Annual administration report of the Bombay Presidency - 1887-1892
Year: 1887
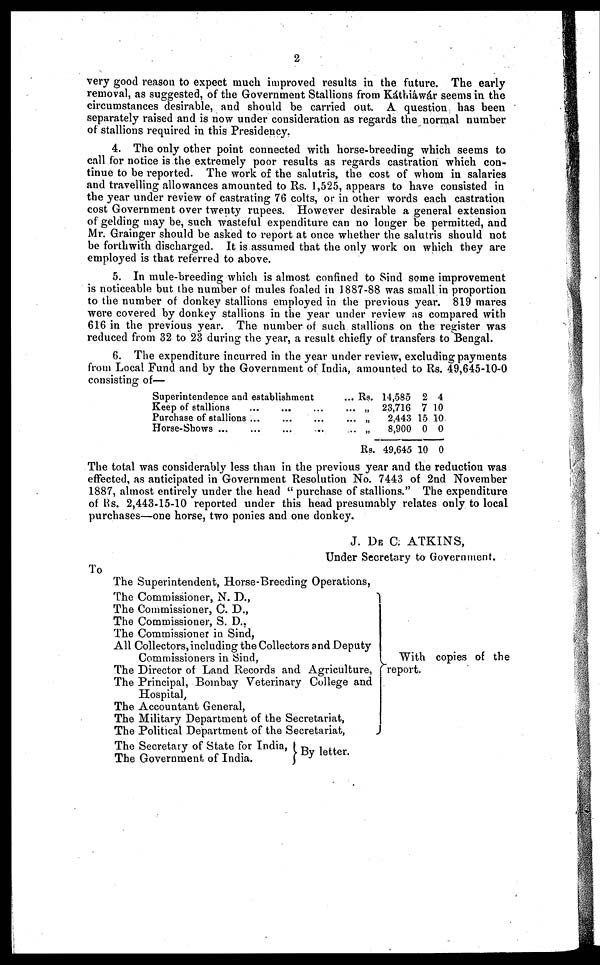
2
very good reason to expect much improved results in the future. The early
removal, as suggested, of the Government Stallions from Káthiáwár seems in the
circumstances desirable, and should be carried out. A question has been
separately raised and is now under consideration as regards the normal number
of stallions required in this Presidency.
4. The only other point connected with horse-breeding which seems to
call for notice is the extremely poor results as regards castration which con-
tinue to be reported. The work of the salutris, the cost of whom in salaries
and travelling allowances amounted to Rs. 1,525, appears to have consisted in
the year under review of castrating 76 colts, or in other words each castration
cost Government over twenty rupees. However desirable a general extension
of gelding may be, such wasteful expenditure can no longer be permitted, and
Mr. Grainger should be asked to report at once whether the salutris should not
be forthwith discharged. It is assumed that the only work on which they are
employed is that referred to above.
5. In mule-breeding which is almost confined to Sind some improvement
is noticeable but the number of mules foaled in 1887-88 was small in proportion
to the number of donkey stallions employed in the previous year. 819 mares
were covered by donkey stallions in the year under review as compared with
616 in the previous year. The number of such stallions on the register was
reduced from 32 to 23 during the year, a result chiefly of transfers to Bengal.
6. The expenditure incurred in the year under review, excluding payments
from Local Fund and by the Government of India, amounted to Rs. 49,645-10-0
consisting of—
Superintendence and establishment
Keep of stallions ... ... ...
Purchase of stallions ... ... ...
Horse-Shows ... ... ... ...
... Rs. 14,585
... „ 23,716
... „
2,443
... „
8,900
Rs. 49,645
2
7
15
0
10
4
10
10
0
0
The total was considerably less than in the previous year and the reduction was
effected, as anticipated in Government Resolution No. 7443 of 2nd November
1887, almost entirely under the head " purchase of stallions." The expenditure
of Rs. 2,443-15-10 reported under this head presumably relates only to local
purchases—one horse, two ponies and one donkey.
J. DE C. ATKINS,
Under Secretary to Government.
To
The Superintendent, Horse-Breeding Operations,
The Commissioner, N. D.,
The Commissioner, C. D.,
The Commissioner, S. D.,
The Commissioner in Sind,
All Collectors, including the Collectors and Deputy
Commissioners in Sind,
The Director of Land Records and Agriculture,
The Principal, Bombay Veterinary College and
Hospital,
The Accountant General,
The Military Department of the Secretariat,
The Political Department of the Secretariat,
The Secretary of State for India,
The Government of India.
By letter.
With copies of the
report.